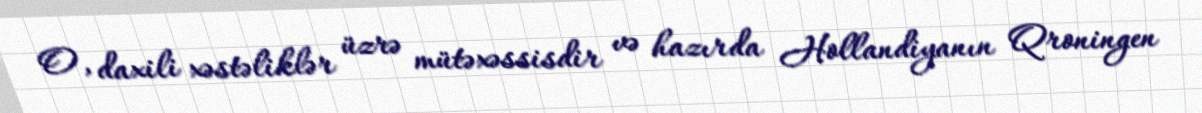
O, daxili xəstəliklər üzrə mütəxəssisdir və hazırda Hollandiyanın Qroningen